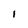
Character: 1